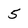
Character: 5